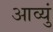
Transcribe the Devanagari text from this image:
आव्युं